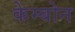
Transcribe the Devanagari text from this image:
केम्बोन